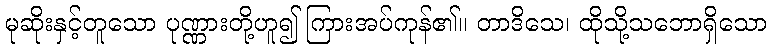
မုဆိုးနှင့်တူသော ပုဏ္ဏားတို့ဟူ၍ ကြားအပ်ကုန်၏။ တာဒိသေ၊ ထိုသို့သဘောရှိသော